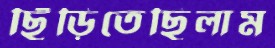
ছিঁড়িতেছিলাম